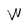
Character: W